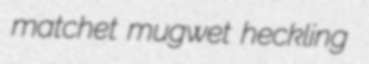
matchet mugwet heckling